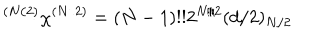
^ { ( N / 2 ) } \chi ^ { ( N / 2 ) } = ( N - 1 ) ! ! 2 ^ { N / 2 } ( d / 2 ) _ { N / 2 }